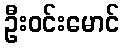
ဦးဝင်းမောင်